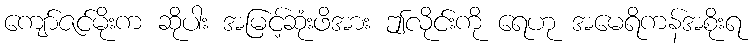
ကျော်ဇင်မိုးက ဆိုပါး အမြင့်ဆုံးဖိအား ဤလိုင်းကို ရေဟု အမေရိကန်အစိုးရ